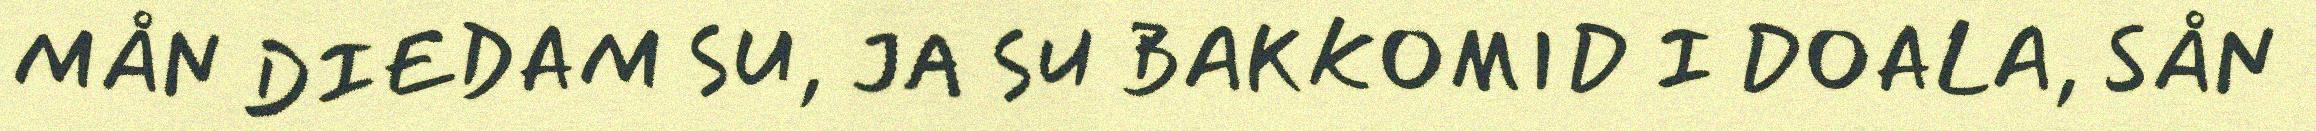
MÅN DIEDAM SU, JA SU BAKKOMID I DOALA, SÅN